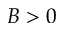
B > 0